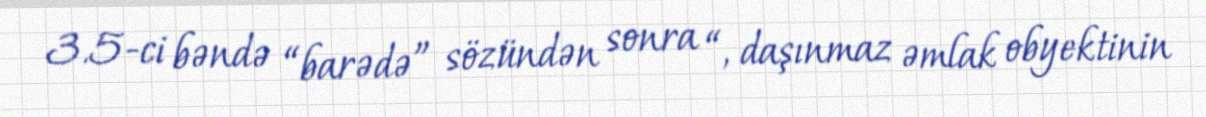
3.5-ci bəndə “barədə” sözündən sonra “, daşınmaz əmlak obyektinin